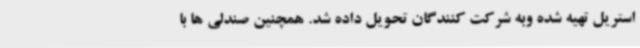
استریل تهیه شده وبه شرکت کنندگان تحویل داده شد. همچنین صندلی ها با